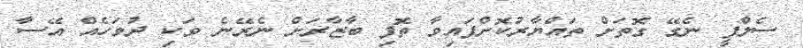
ސެލްފީ ނެގޭ ގޮތަށް ތައްޔާރުކޮށްފައިވާ ތޮފި ބާޒާރަށް ނެރޭނެ ވަކި ދުވަހެއް އޭސާ